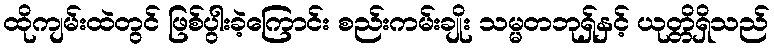
ထိုကျမ်းထဲတွင် ဖြစ်ပွါးခဲ့ကြောင်း စည်းကမ်းချိုး သမ္မတဘုရှ်နှင့် ယုတ္တိရှိသည်